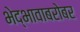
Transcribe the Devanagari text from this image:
भेद्भावाबरोबर